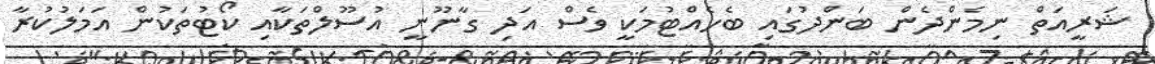
ޝަރީއަތް ނިމެންދެން ބަންދުގައި ބެހެއްްޓުމަކީ ވެސް އަދި ގާނޫނީ އުސޫލްތަކާއި ކޯޓުތަކުން އަމަލުކުރާ